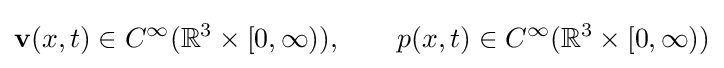
\mathbf {v} (x,t)\in C^{\infty }(\mathbb {R} ^{3}\times [0,\infty )),\qquad p(x,t)\in C^{\infty }(\mathbb {R} ^{3}\times [0,\infty ))